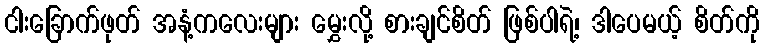
ငါးခြောက်ဖုတ် အနံ့ကလေးများ မွှေးလို့ စားချင်စိတ် ဖြစ်ပါရဲ့၊ ဒါပေမယ့် စိတ်ကို